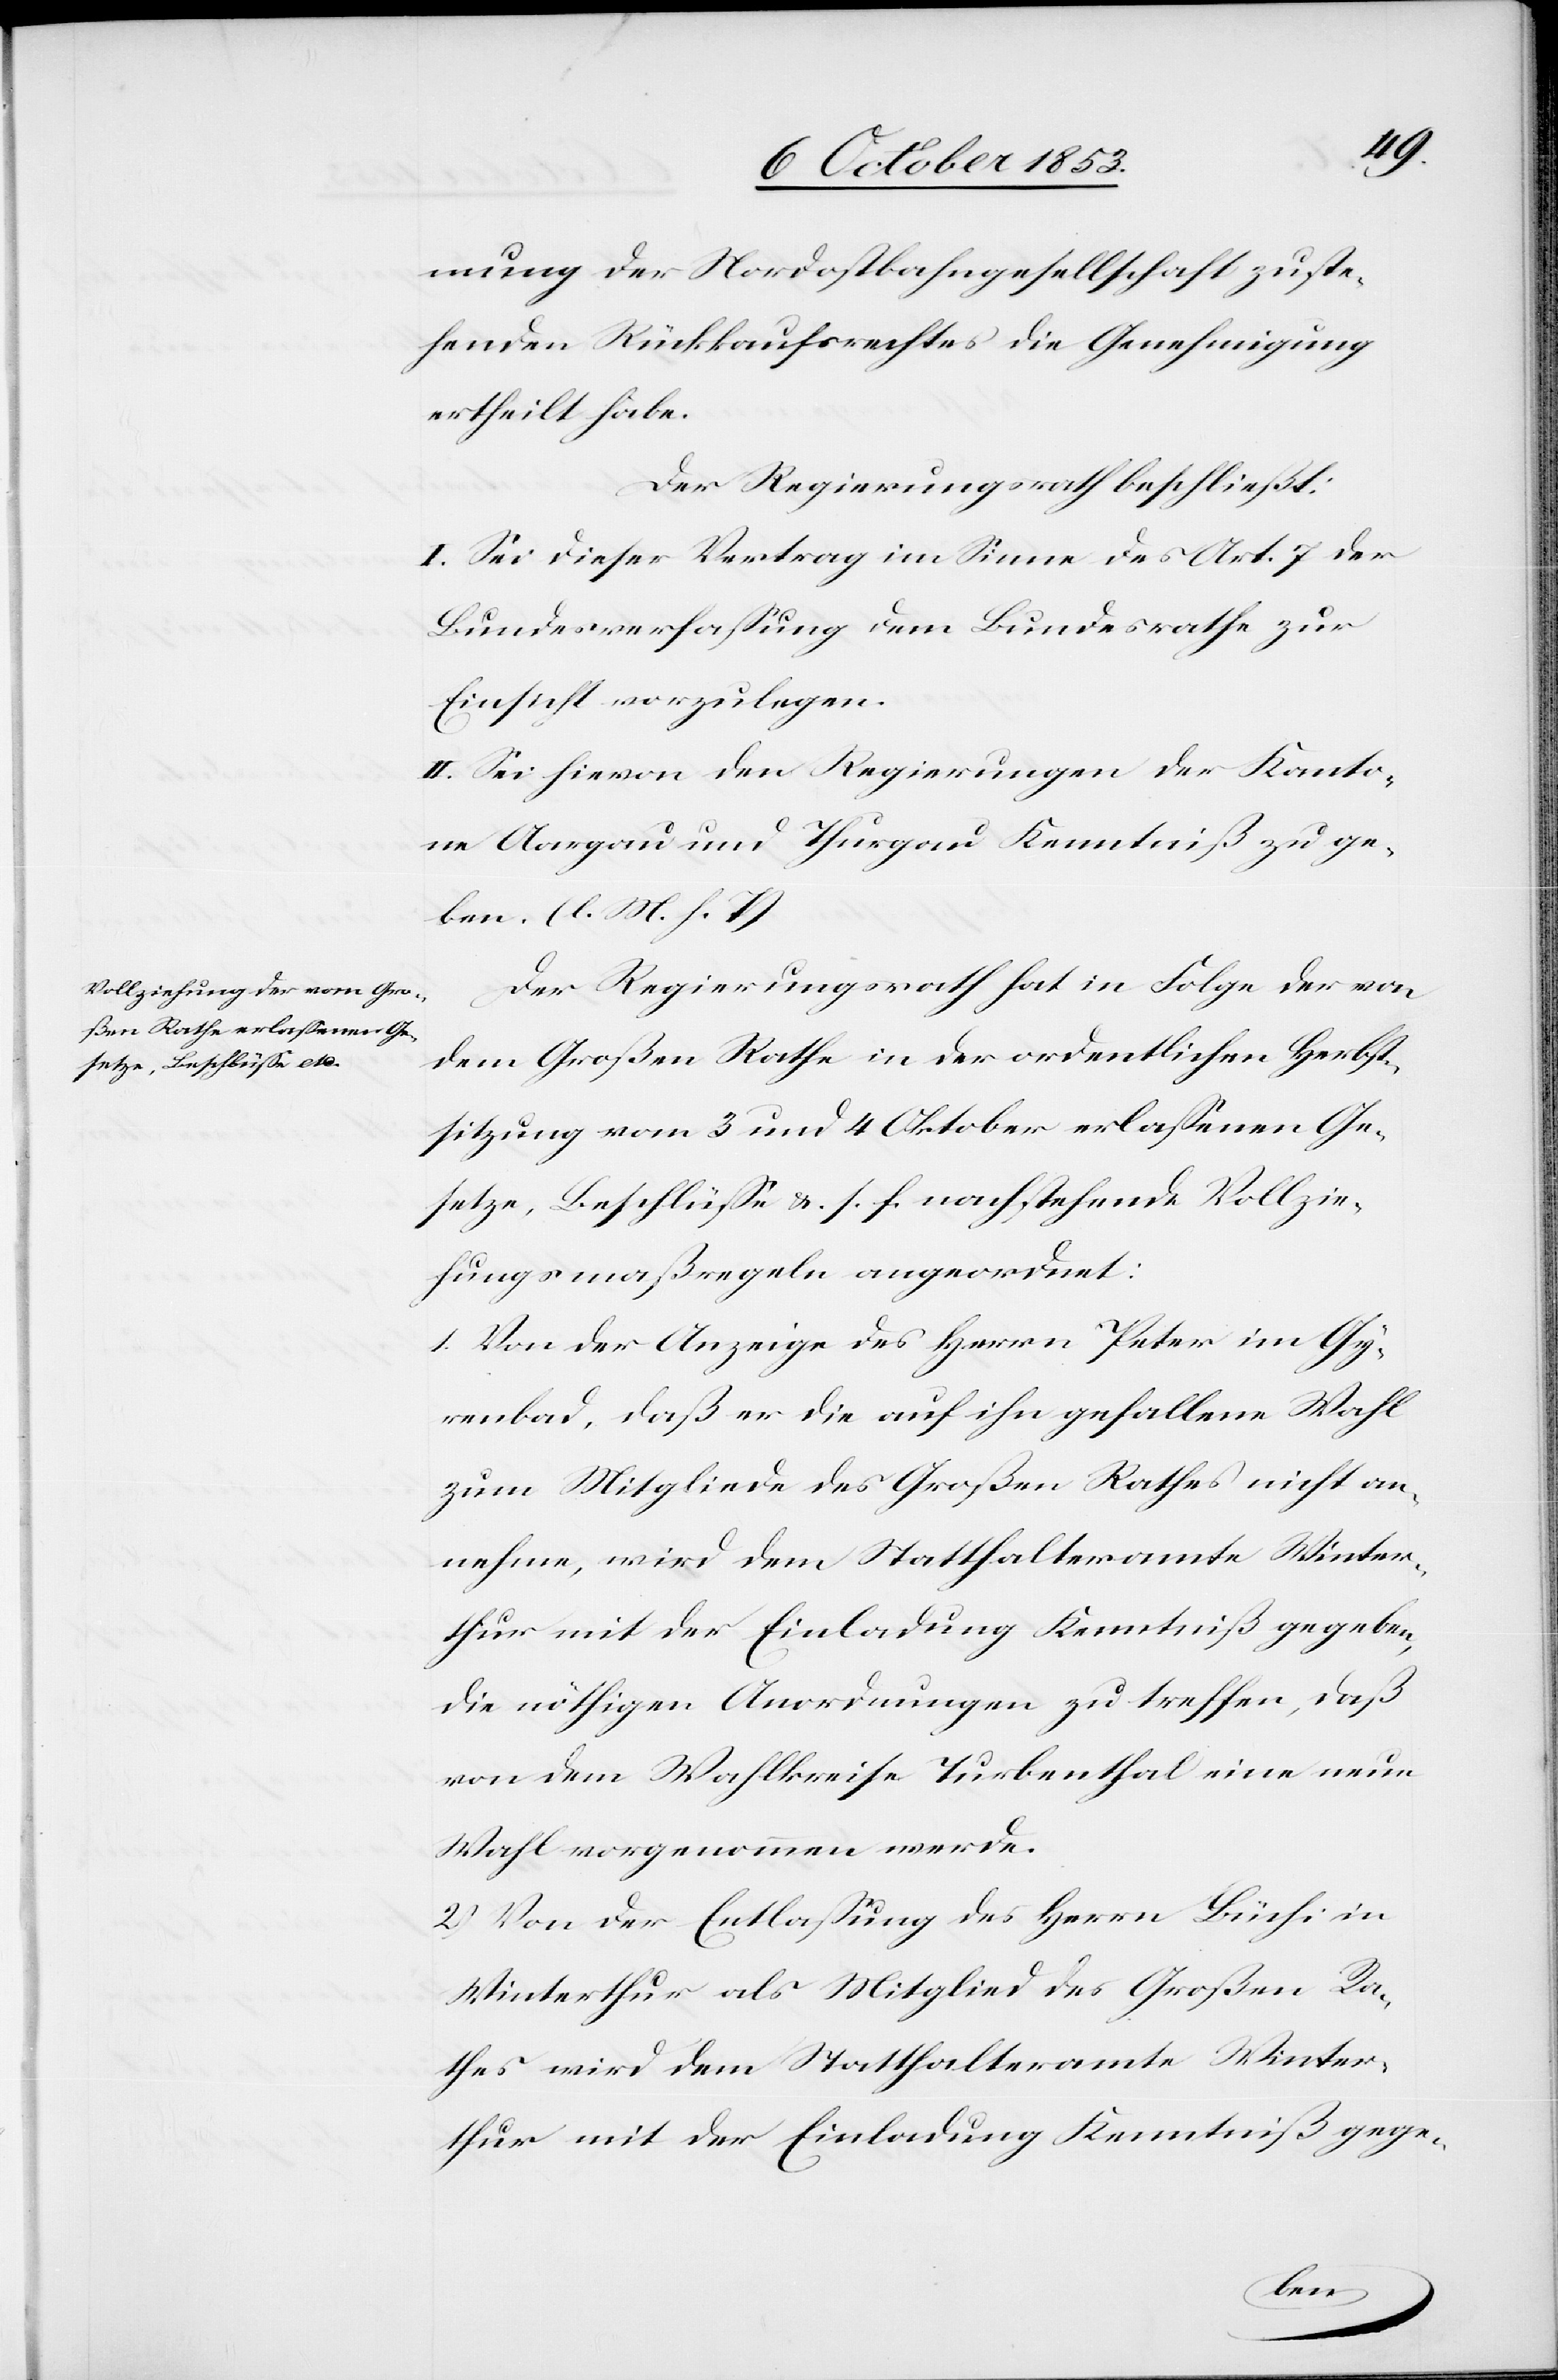
mung der Nordostbahngesellschaft zuste¬
henden Rückkaufsrechtes die Genehmigung
ertheilt habe.
Der Regierungsrath beschließt:
I. Sei dieser Vertrag im Sinne des Art. 7 der
Bundesverfaßung dem Bundesrathe zur
Einsicht vorzulegen.
II. Sei hievon den Regierungen der Kanto¬
ne Aargau und Thurgau Kenntniß zu ge¬
ben. [l. M. h. T]
Der Regierungsrath hat in Folge der von
dem Großen Rathe in der ordentlichen Herbst¬
sitzung vom 3 und 4 Oktober erlaßenen Ge¬
setze, Beschlüße u. s. f. nachstehende Vollzie¬
hungsmaßregeln angeordnet:
1. Von der Anzeige des Herrn Peter im Gy¬
renbad, daß er die auf ihn gefallene Wahl
zum Mitgliede des Großen Rathes nicht an¬
nehme, wird dem Statthalteramte Winter¬
thur mit der Einladung Kenntniß gegeben,
die nöthigen Anordnungen zu treffen, daß
von dem Wahlkreise Turbenthal eine neue
Wahl vorgenommen werde.
2. Von der Entlaßung des Herrn Büchi in
Winterthur als Mitglied des Großen Ra¬
thes wird dem Statthalteramte Winter¬
thur mit der Einladung Kenntniß gege-